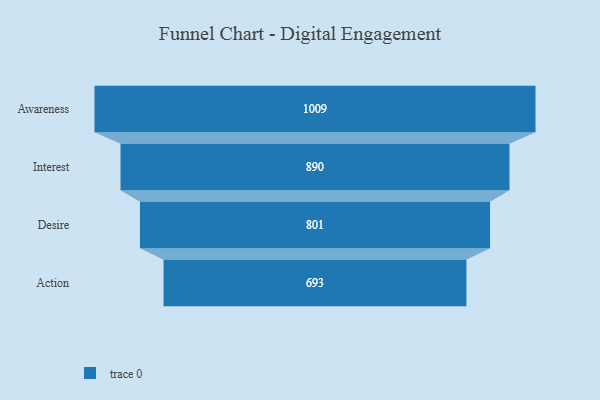
{"axis": {"x": "Stage", "y": "Value"}, "legend": [""], "data": [{"x": "Awareness", "y": 1009.0, "type": ""}, {"x": "Interest", "y": 890.0, "type": ""}, {"x": "Desire", "y": 801.0, "type": ""}, {"x": "Action", "y": 693.0, "type": ""}]}